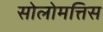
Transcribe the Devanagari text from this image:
सोलोमत्तिस